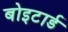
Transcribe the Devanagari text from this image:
बोइटार्ड